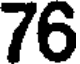
76